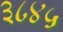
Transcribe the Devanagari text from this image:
३८४५